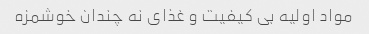
مواد اولیه بی کیفیت و غذای نه چندان خوشمزه